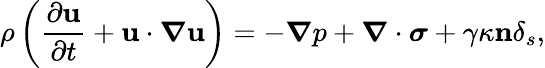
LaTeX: \rho\left(\frac{\partial\mathbf{u}}{\partial t}+\mathbf{u}\cdot\boldsymbol{\nabla}\mathbf{u}\right)=-\boldsymbol{\nabla}p+\boldsymbol{\nabla}\cdot\boldsymbol{\sigma}+\gamma\kappa\mathbf{n}\delta_{s},